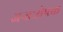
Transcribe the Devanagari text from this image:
अन्तःक्षेपक